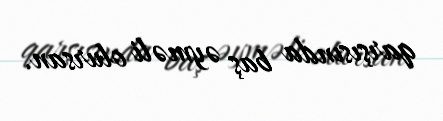
qarşısında baş əyməli olursan.